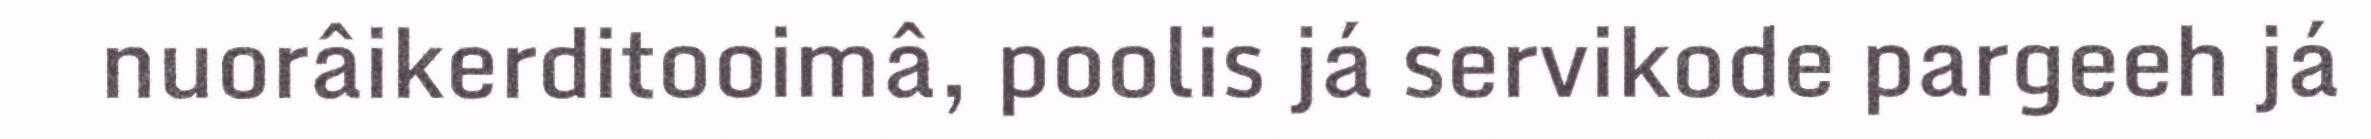
nuorâikerditooimâ, poolis já servikode pargeeh já